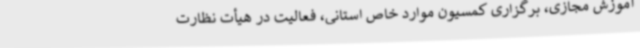
آموزش مجازی، برگزاری کمسیون موارد خاص استانی، فعالیت در هیأت نظارت